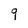
Character: 9